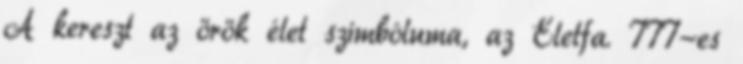
A kereszt az örök élet szimbóluma, az Életfa. 777-es